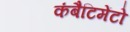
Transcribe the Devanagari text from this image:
कंबैटिमेंटो